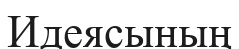
Идеясының